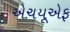
એચયૂએફ